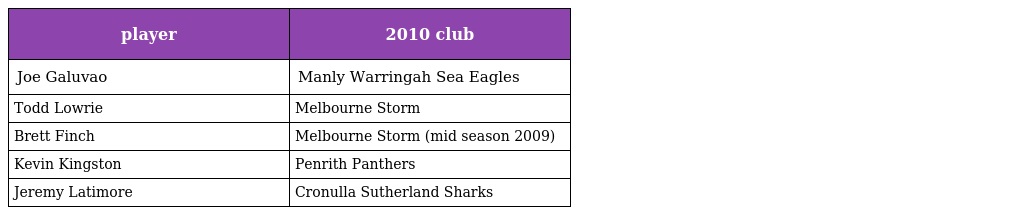
| player | 2010 club |
 | --- | --- |
 | Joe Galuvao | Manly Warringah Sea Eagles |
 | Todd Lowrie | Melbourne Storm |
 | Brett Finch | Melbourne Storm (mid season 2009) |
 | Kevin Kingston | Penrith Panthers |
 | Jeremy Latimore | Cronulla Sutherland Sharks |